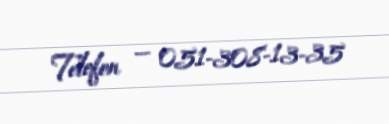
Telefon — 051-308-13-35